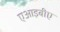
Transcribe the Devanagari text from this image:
एआइबीए